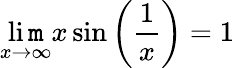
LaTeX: \operatorname*{li\mathtt{m}}_{x\to\infty}x\sin\left({\frac{{1}}{{x}}}\right)=1